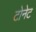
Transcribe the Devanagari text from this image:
टोनेट